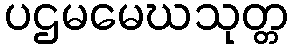
ပဌမမေဃသုတ္တ